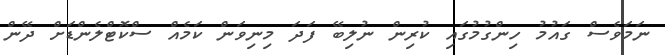
ނަމަވެސް ގައުމު ހިންގުމުގައި ކުރިން ނުލިބޭ ފަދަ މިނިވަން ކަމެއް ސްކޮޓްލެންޑަށް ދޭން